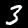
Digit: 3